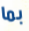
بما